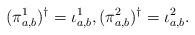
LaTeX: \begin{align*} (\pi^1_{a,b})^\dagger=\iota^1_{a,b}, (\pi^2_{a,b})^\dagger=\iota^2_{a,b}.\end{align*}